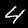
Label: 4